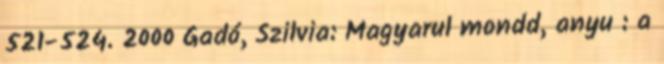
521-524. 2000 Gadó, Szilvia: Magyarul mondd, anyu : a